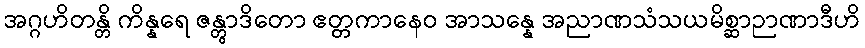
အဂ္ဂဟိတန္တိ ကိန္နရေ ဇန္တွာဒိတော ဧတ္တကာနေဝ အာသန္နေ အညာဏသံသယမိစ္ဆာဉာဏာဒီဟိ